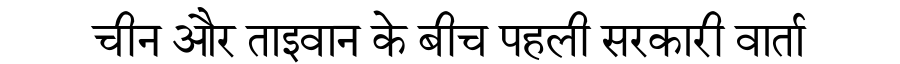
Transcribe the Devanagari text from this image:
चीन और ताइवान के बीच पहली सरकारी वार्ता